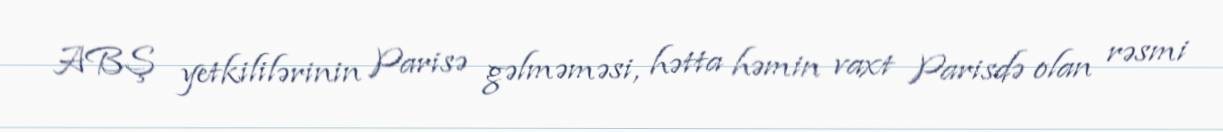
ABŞ yetkililərinin Parisə gəlməməsi, hətta həmin vaxt Parisdə olan rəsmi